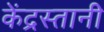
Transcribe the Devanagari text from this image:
केंद्रस्तानी